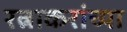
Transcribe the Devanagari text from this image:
रत्नाकरांच्या